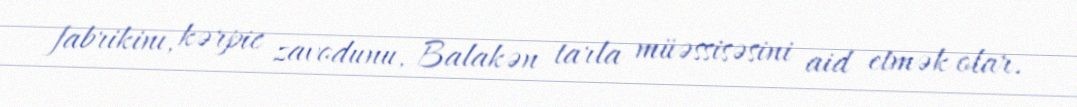
fabrikinı, kərpic zavodunu, Balakən tarla müəssisəsini aid etmək olar.